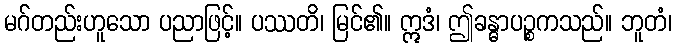
မဂ်တည်းဟူသော ပညာဖြင့်။ ပဿတိ၊ မြင်၏။ ဣဒံ၊ ဤခန္ဓာပဉ္စကသည်။ ဘူတံ၊